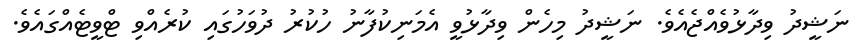
ނަޝީދު ވިދާޅުވެއްޖެއެވެ. ނަޝީދު މިހެން ވިދާޅުވީ އެމަނިކުފާނު ހުކުރު ދުވަހުގައި ކުރެއްވި ޓްވީޓެއްގައެވެ.